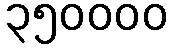
၃၅၀၀၀၀